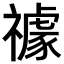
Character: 𥜅